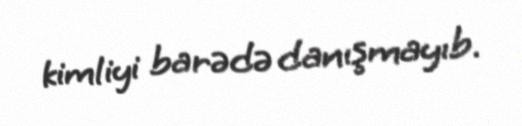
kimliyi barədə danışmayıb.